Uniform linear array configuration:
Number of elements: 32
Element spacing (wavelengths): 1
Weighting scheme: hamming
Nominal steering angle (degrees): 30
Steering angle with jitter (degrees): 28.196
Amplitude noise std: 0.05
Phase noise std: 0.05

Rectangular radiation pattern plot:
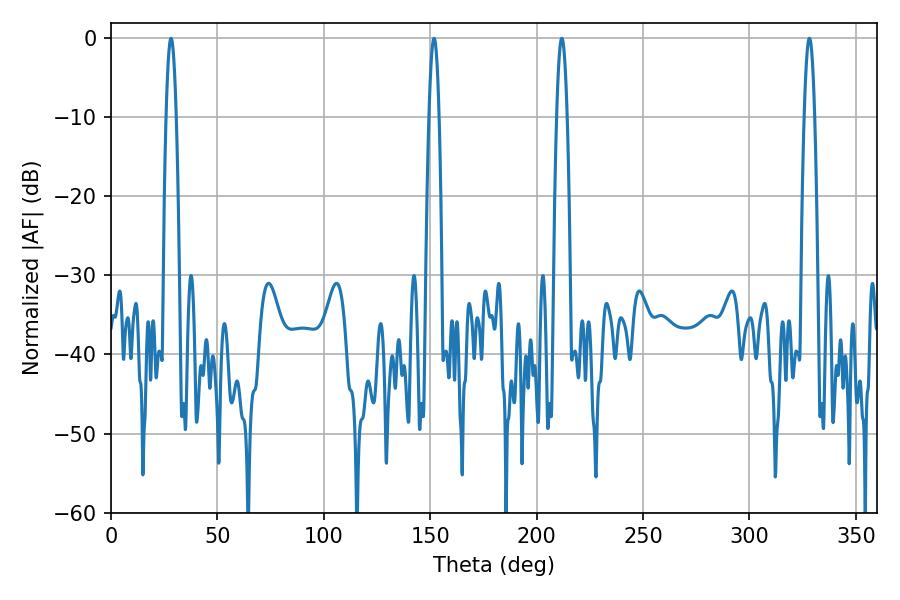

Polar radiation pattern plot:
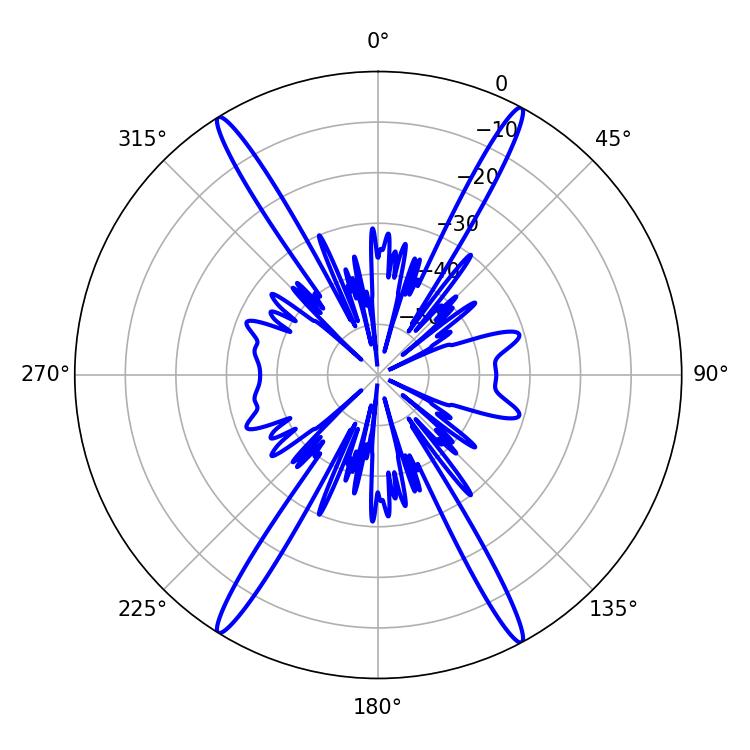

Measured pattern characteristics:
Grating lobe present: TRUE
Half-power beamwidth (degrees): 2.52
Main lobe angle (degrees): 211.86